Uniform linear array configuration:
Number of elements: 16
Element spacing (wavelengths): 1
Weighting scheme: exponential
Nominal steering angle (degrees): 60
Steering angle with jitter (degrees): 61.102
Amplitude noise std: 0.05
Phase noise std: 0.05

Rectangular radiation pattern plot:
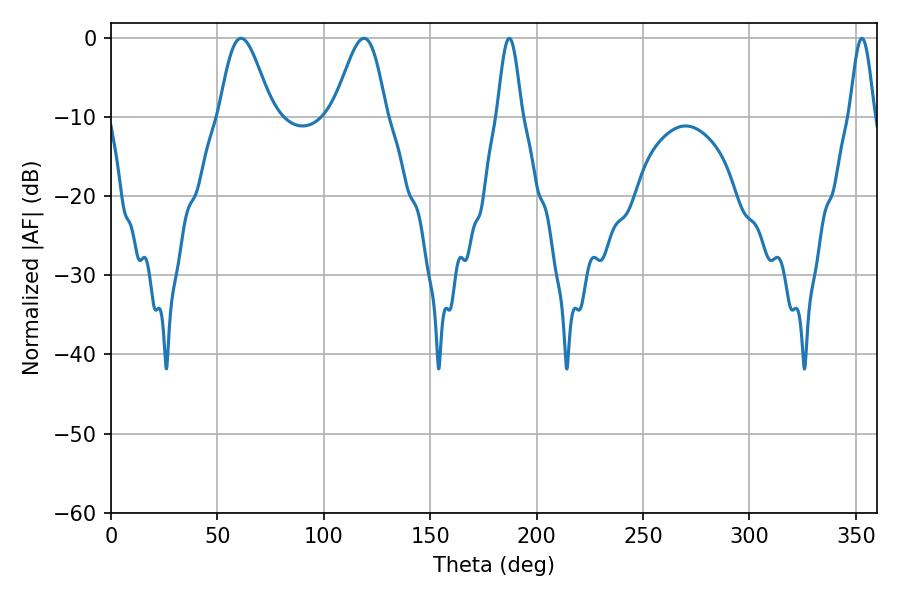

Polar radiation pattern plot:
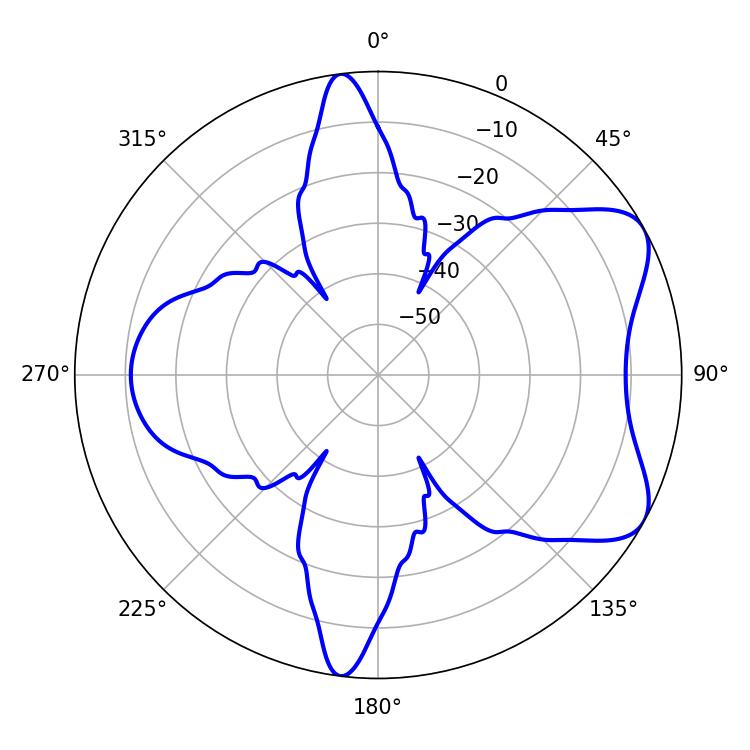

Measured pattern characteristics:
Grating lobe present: TRUE
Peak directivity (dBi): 6.729
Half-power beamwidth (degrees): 13.14
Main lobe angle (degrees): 61.2